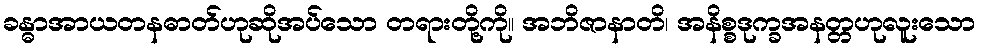
ခန္ဓာအာယတနဓာတ်ဟုဆိုအပ်သော တရားတို့ကို။ အဘိဇာနာတိ၊ အနိစ္စဒုက္ခအနတ္တဟုလူးသော